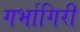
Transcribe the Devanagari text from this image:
गर्भागिरी